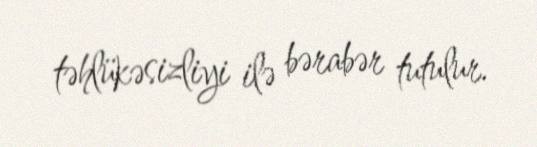
təhlükəsizliyi ilə bərabər tutulur.